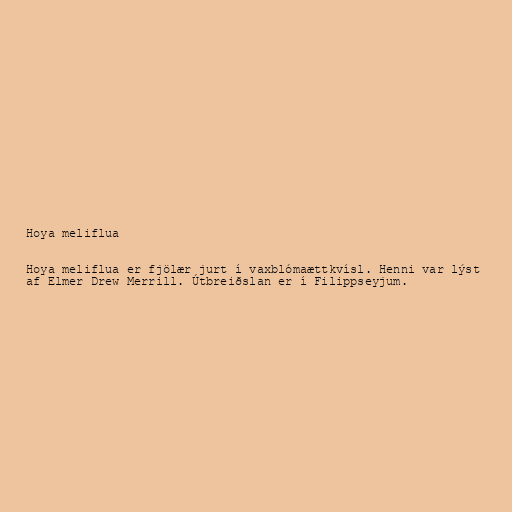
Hoya meliflua

Hoya meliflua er fjölær jurt í vaxblómaættkvísl. Henni var lýst
af Elmer Drew Merrill. Útbreiðslan er í Filippseyjum.